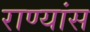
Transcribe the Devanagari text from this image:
राण्यांस